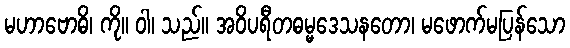
မဟာဗောဓိ၊ ကို။ ဝါ၊ သည်။ အဝိပရီတဓမ္မဒေသနတော၊ မဖောက်မပြန်သော